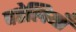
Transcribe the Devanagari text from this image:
पहेलियॉंँ